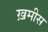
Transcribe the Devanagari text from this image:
ख़मीस